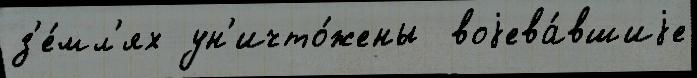
з'е́мл'ях ун'ичто́жены  воjева́вшиjе